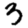
Digit: 3